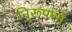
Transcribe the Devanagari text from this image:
नि्रूपणों